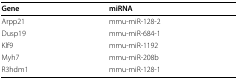
<table><thead><tr><td><b>Gene</b></td><td><b>miRNA</b></td></tr></thead><tbody><tr><td>Arpp21</td><td>mmu-miR-128-2</td></tr><tr><td>Dusp19</td><td>mmu-miR-684-1</td></tr><tr><td>Klf9</td><td>mmu-miR-1192</td></tr><tr><td>Myh7</td><td>mmu-miR-208b</td></tr><tr><td>R3hdm1</td><td>mmu-miR-128-1</td></tr></tbody></table>